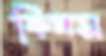
কিনস